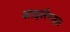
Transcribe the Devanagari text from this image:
आइलैण्ड्ज़